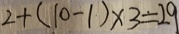
2 + ( 1 0 - 1 ) \times 3 = 2 9